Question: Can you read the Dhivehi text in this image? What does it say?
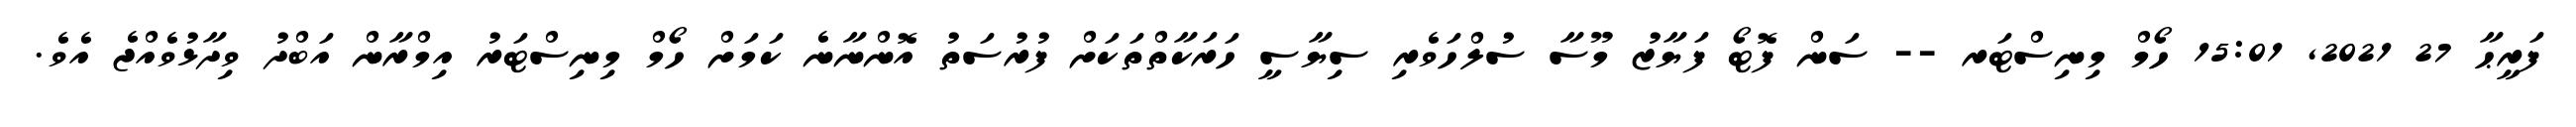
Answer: ފަރީޙާ 27 2021, 15:01 ހޯމް މިނިސްޓަރ -- ސަން ފޮޓޯ ފަޔާޒު މޫސާ ސުލްހަވެރި ސިޔާސީ ހަރަކާތްތަކަށް ފުރުސަތު އޮންނާނެ ކަމަށް ހޯމް މިނިސްޓަރު އިމްރާން އަބްދު ވިދާޅުވެއްޖެ އެވެ.